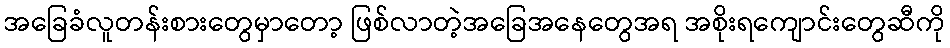
အခြေခံလူတန်းစားတွေမှာတော့ ဖြစ်လာတဲ့အခြေအနေတွေအရ အစိုးရကျောင်းတွေဆီကို